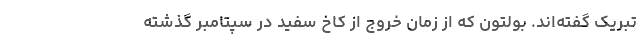
تبریک گفته‌اند. بولتون که از زمان خروج از کاخ سفید در سپتامبر گذشته